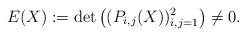
LaTeX: \begin{align*}E(X):=\det\left((P_{i,j}(X))_{i,j=1}^{2}\right)\ne0.\end{align*}